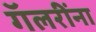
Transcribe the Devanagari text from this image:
गॅलरींना